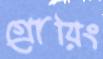
গ্রোয়িং